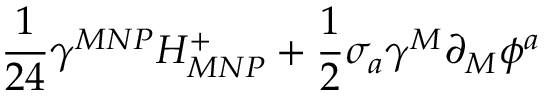
\frac { 1 } { 2 4 } \gamma ^ { M N P } H _ { M N P } ^ { + } + \frac { 1 } { 2 } \sigma _ { a } \gamma ^ { M } \partial _ { M } \phi ^ { a }